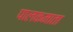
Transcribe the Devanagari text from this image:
पालकमाता